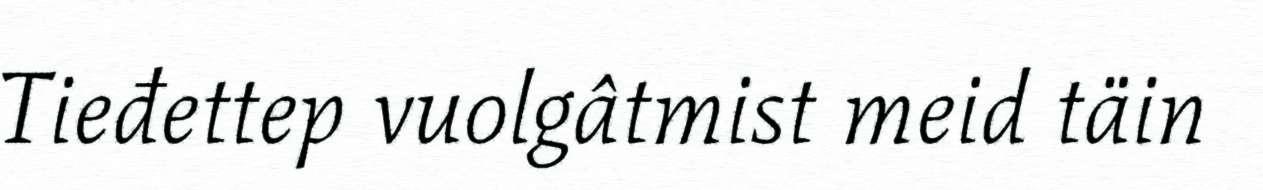
Tieđettep vuolgâtmist meid täin